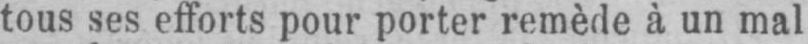
tous ses efforts pour porter remède à un mal